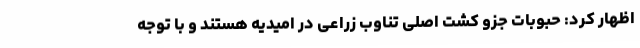
اظهار کرد: حبوبات جزو کشت اصلی تناوب زراعی در امیدیه هستند و با توجه